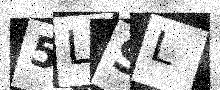
Text: 5LSL